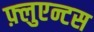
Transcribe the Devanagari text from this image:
फ़्लुएन्टस